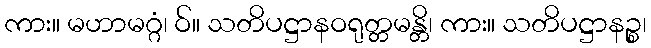
ကား။ မဟာမဂ္ဂံ၊ ဝ်။ သတိပဋ္ဌာနဝရုတ္တမန္တိ၊ ကား။ သတိပဋ္ဌာနဉ္စ၊